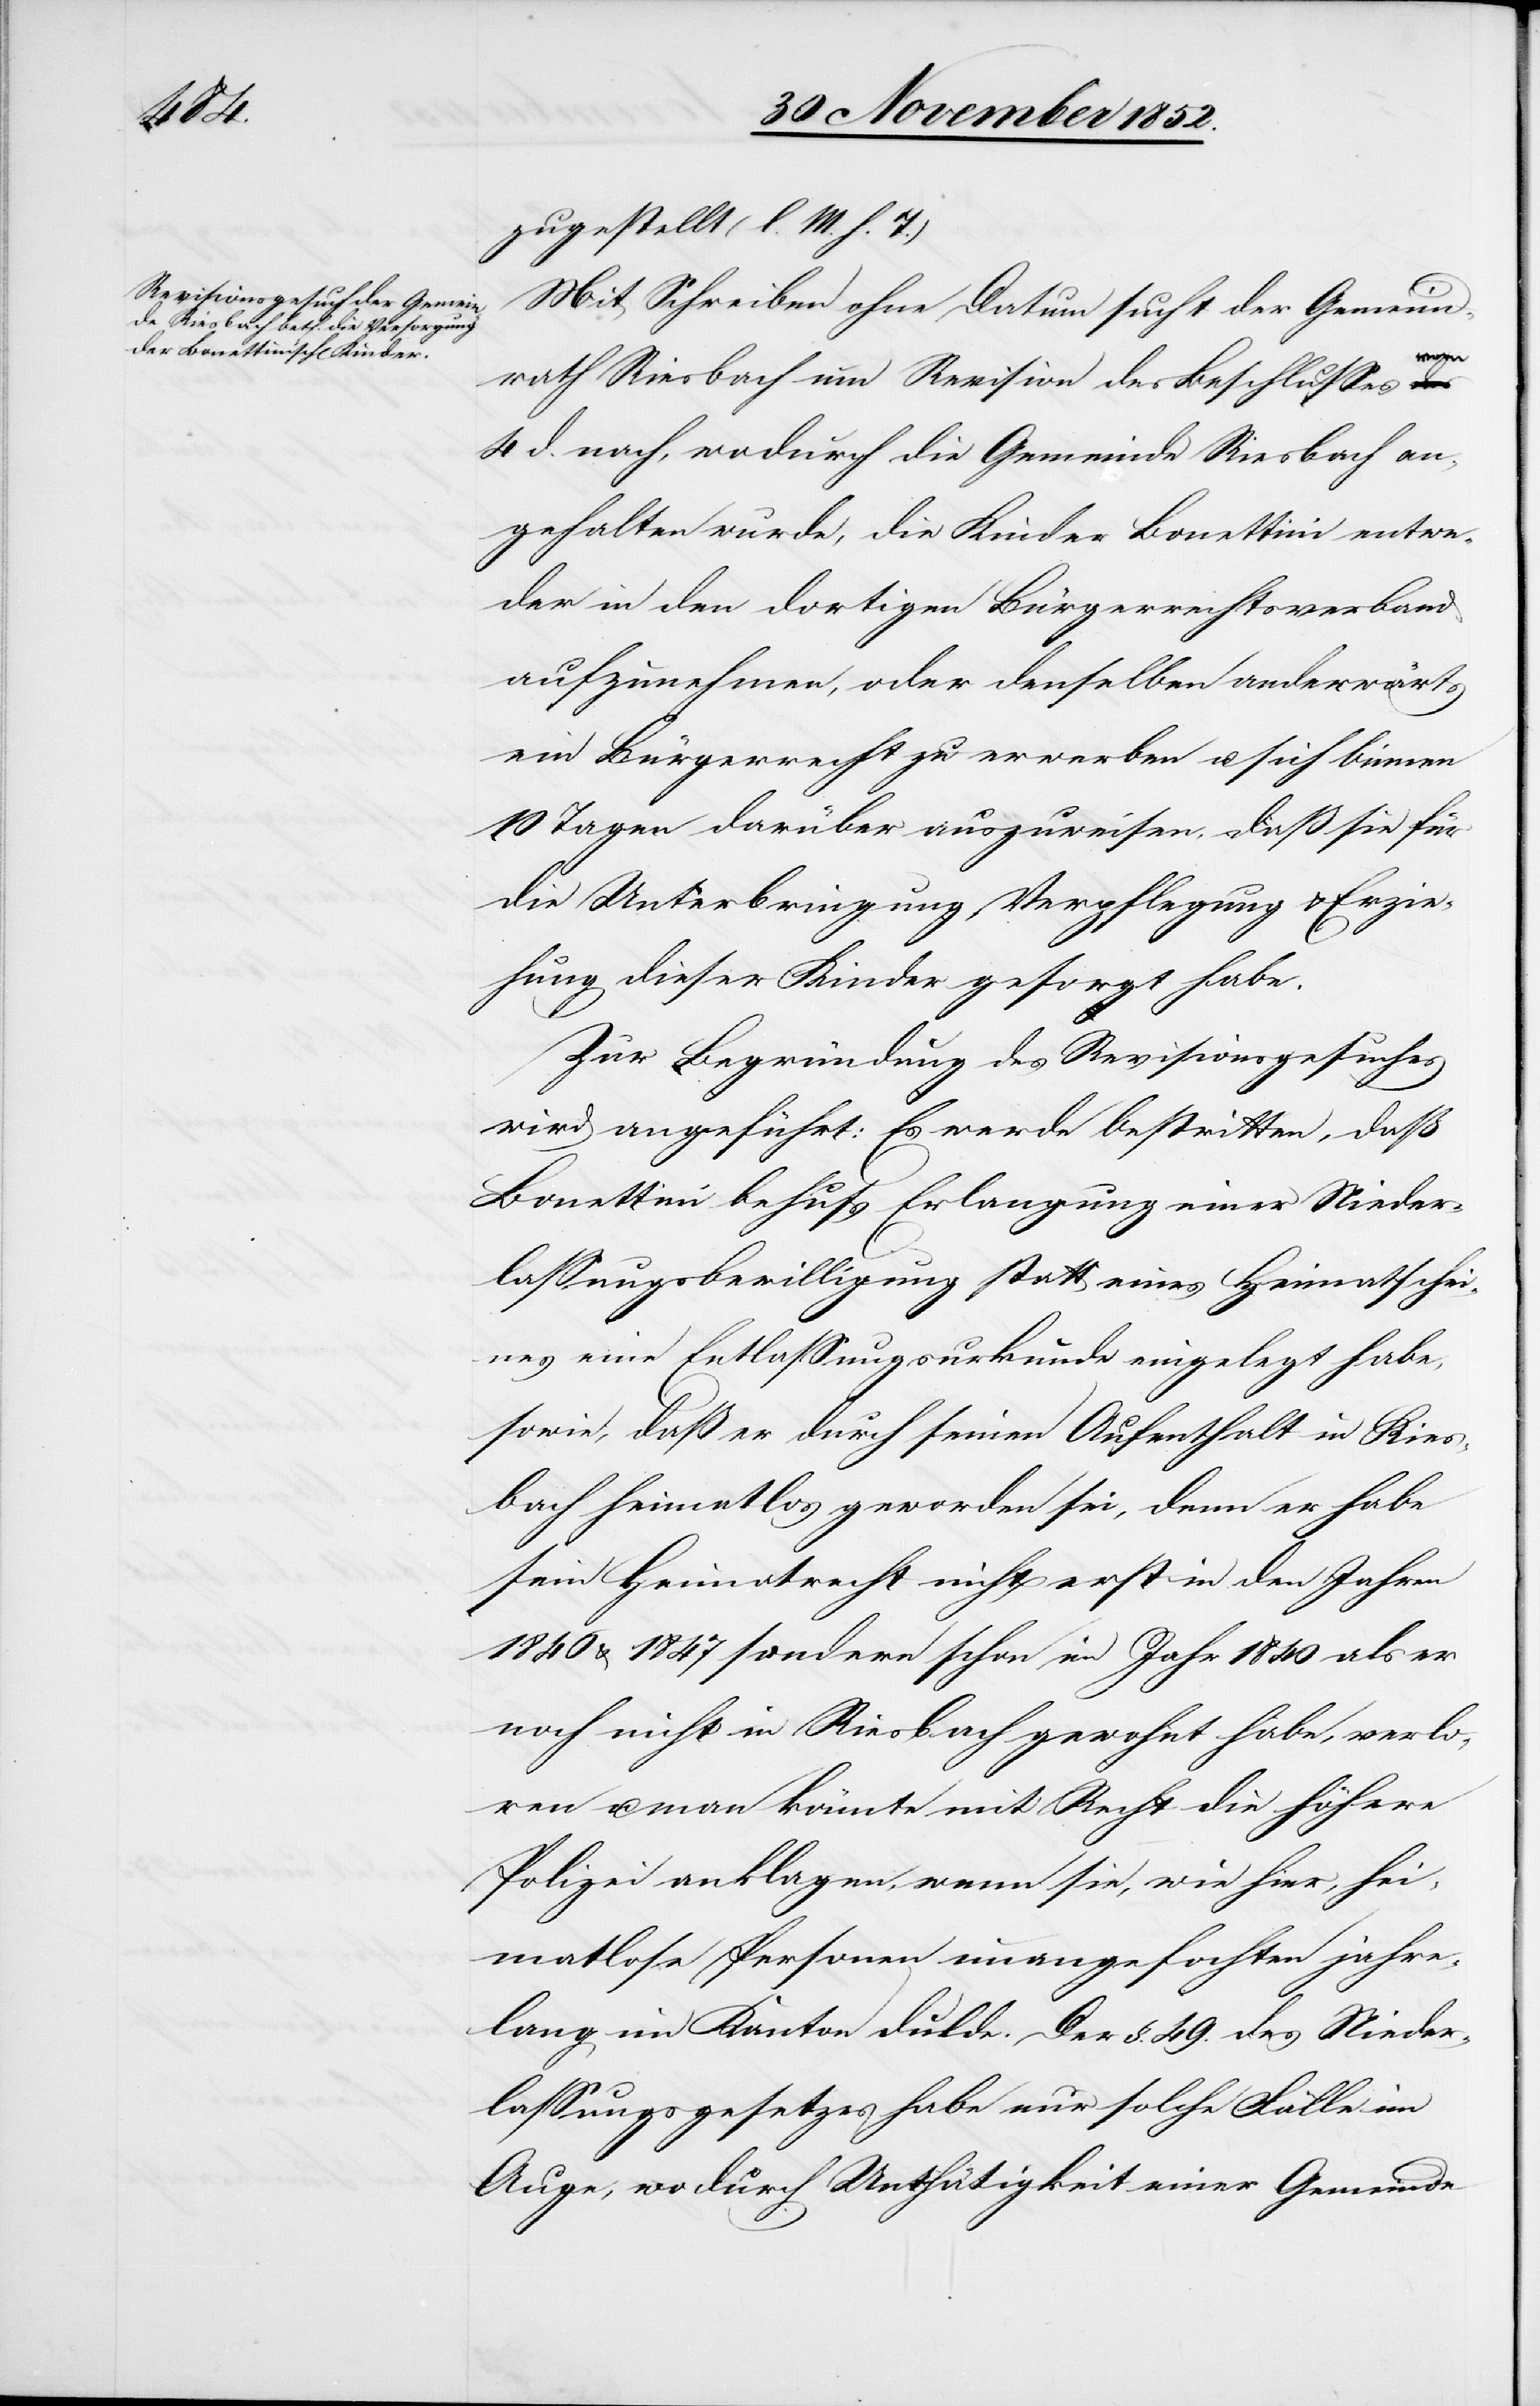
zugestellt (l. M. h. T.)
Mit Schreiben ohne Datum sucht der Gemeind¬
rath Riesbach um Revision des Beschlusses vom
4 d. nach, wodurch die Gemeinde Riesbach an¬
gehalten wurde, die Kinder Bonettini entwe¬
der in den dortigen Bürgerrechtsverband
aufzunehmen, oder denselben anderwärts
ein Bürgerrecht zu erwerben u. sich binnen
10 Tagen darüber auszuweisen, daß sie für
die Unterbringung[,] Verpflegung & Erzie¬
hung dieser Kinder gesorgt habe.
Zur Begründung des Revisionsgesuches
wird angeführt: Es werde bestritten, daß
Bonettini behufs Erlangung einer Nieder¬
lassungsbewilligung statt eines Heimatschei¬
nes eine Entlassungsurkunde eingelegt habe,
sowie, daß er durch seinen Aufenthalt in Ries¬
bach heimatlos geworden sei, denn er habe
sein Heimatrecht nicht erst in den Jahren
1840 & 1847 sondern schon im Jahr 1840 als er
noch nicht in Riesbach gewohnt habe, verlo¬
ren u. man könnte mit Recht die höhere
Polizei anklagen, wenn sie, wie hier, hei¬
matlose Personen unangefochten jahre¬
lang im Kanton dulde. Der §. 49. des Nieder¬
lassungsgesetzes habe nur solche Fälle im
Auge, wo durch Unthätigkeit einer Gemeinde